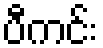
ပီကင်း